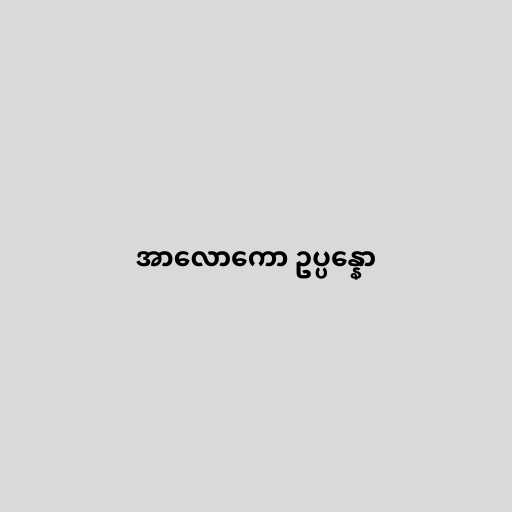
အာလောကော ဥပ္ပန္နော